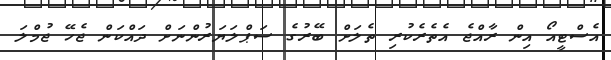
އެސްޓީއޯ އިން ރާއްޖެ އެތެރެކުރި ތެލަށް ބޭރުގެ ސަޕްލަޔަރުންނަށް ދައްކަން ޖެހޭ ޖުމްލަ